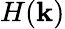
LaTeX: H(\mathbf k)